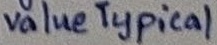
Text: value Typical